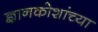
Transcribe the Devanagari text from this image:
ज्ञानकोशांच्या